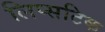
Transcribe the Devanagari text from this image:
लिप्सटिक